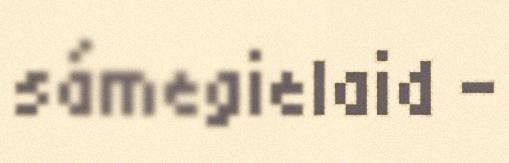
sámegielaid –